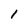
Character: 1